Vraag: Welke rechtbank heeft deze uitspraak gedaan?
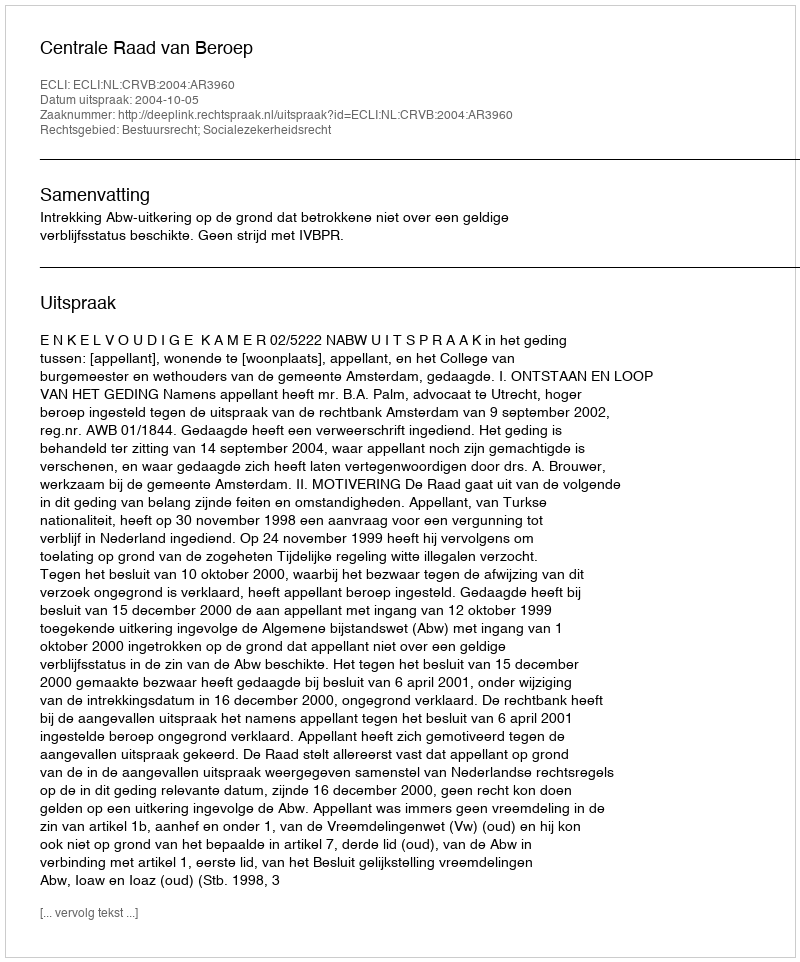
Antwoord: Centrale Raad van Beroep